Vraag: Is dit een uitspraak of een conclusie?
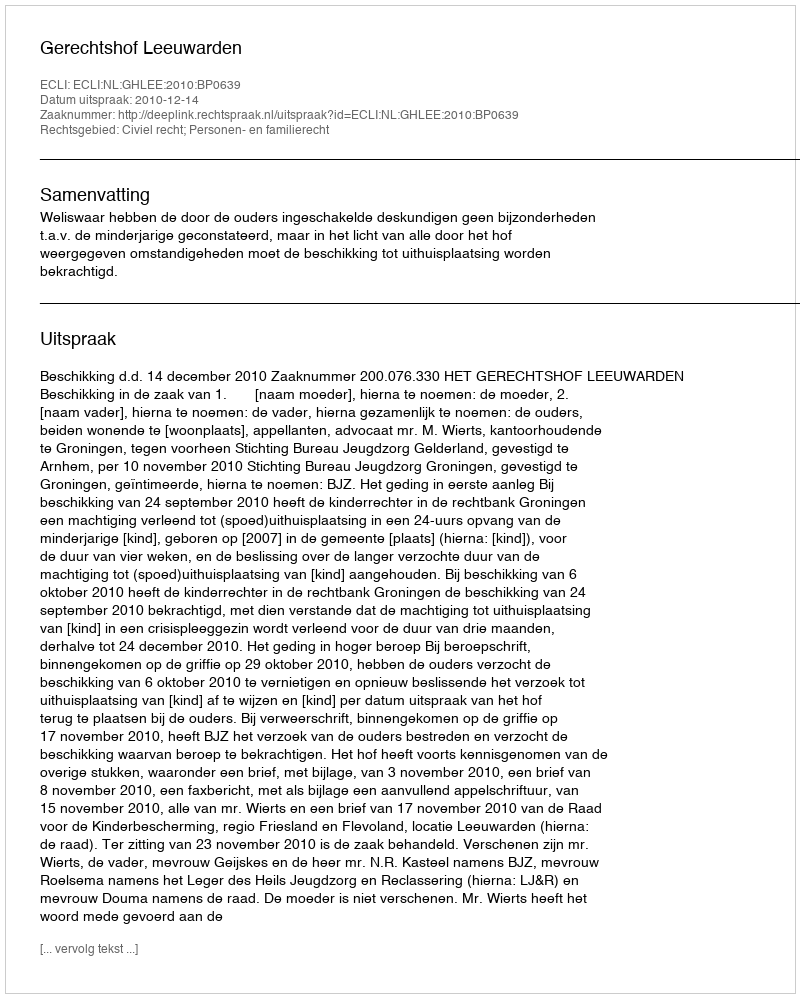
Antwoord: Uitspraak